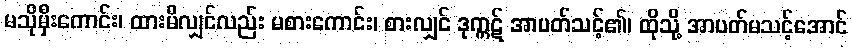
မသိုမှီးကောင်း၊ ထားမိလျှင်လည်း မစားကောင်း၊ စားလျှင် ဒုက္ကဋ် အာပတ်သင့်၏၊ ထိုသို့ အာပတ်မသင့်အောင်